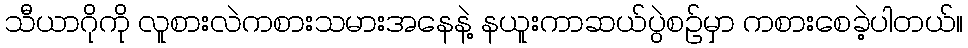
သီယာဂိုကို လူစားလဲကစားသမားအနေနဲ့ နယူးကာဆယ်ပွဲစဥ်မှာ ကစားစေခဲ့ပါတယ်။